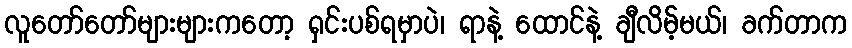
လူတော်တော်များများကတော့ ရှင်းပစ်ရမှာပဲ၊ ရာနဲ့ ထောင်နဲ့ ချီလိမ့်မယ်၊ ခက်တာက